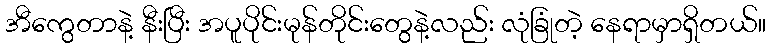
အီကွေတာနဲ့ နီးပြီး အပူပိုင်းမုန်တိုင်းတွေနဲ့လည်း လုံခြုံတဲ့ နေရာမှာရှိတယ်။